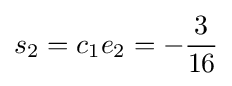
s_{2}=c_{1}e_{2}=-{\frac {3}{16}}